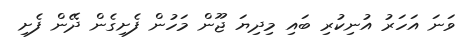
ވަނަ އަހަރު އުނިކުރި ބައި މިދިޔަ ޖޫން މަހުން ފެށިގެން ދޭން ފެށި